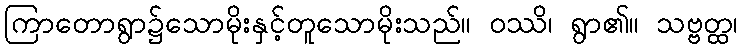
ကြာတောရွာ၌သောမိုးနှင့်တူသောမိုးသည်။ ဝဿိ၊ ရွာ၏။ သဗ္ဗတ္ထ၊